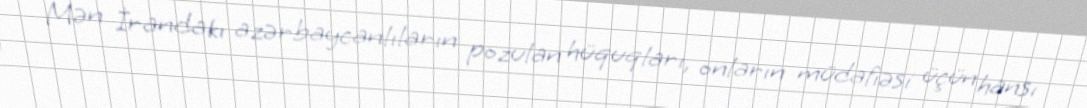
Mən İrandakı azərbaycanlıların pozulan hüquqları, onların müdafiəsi üçün hansı